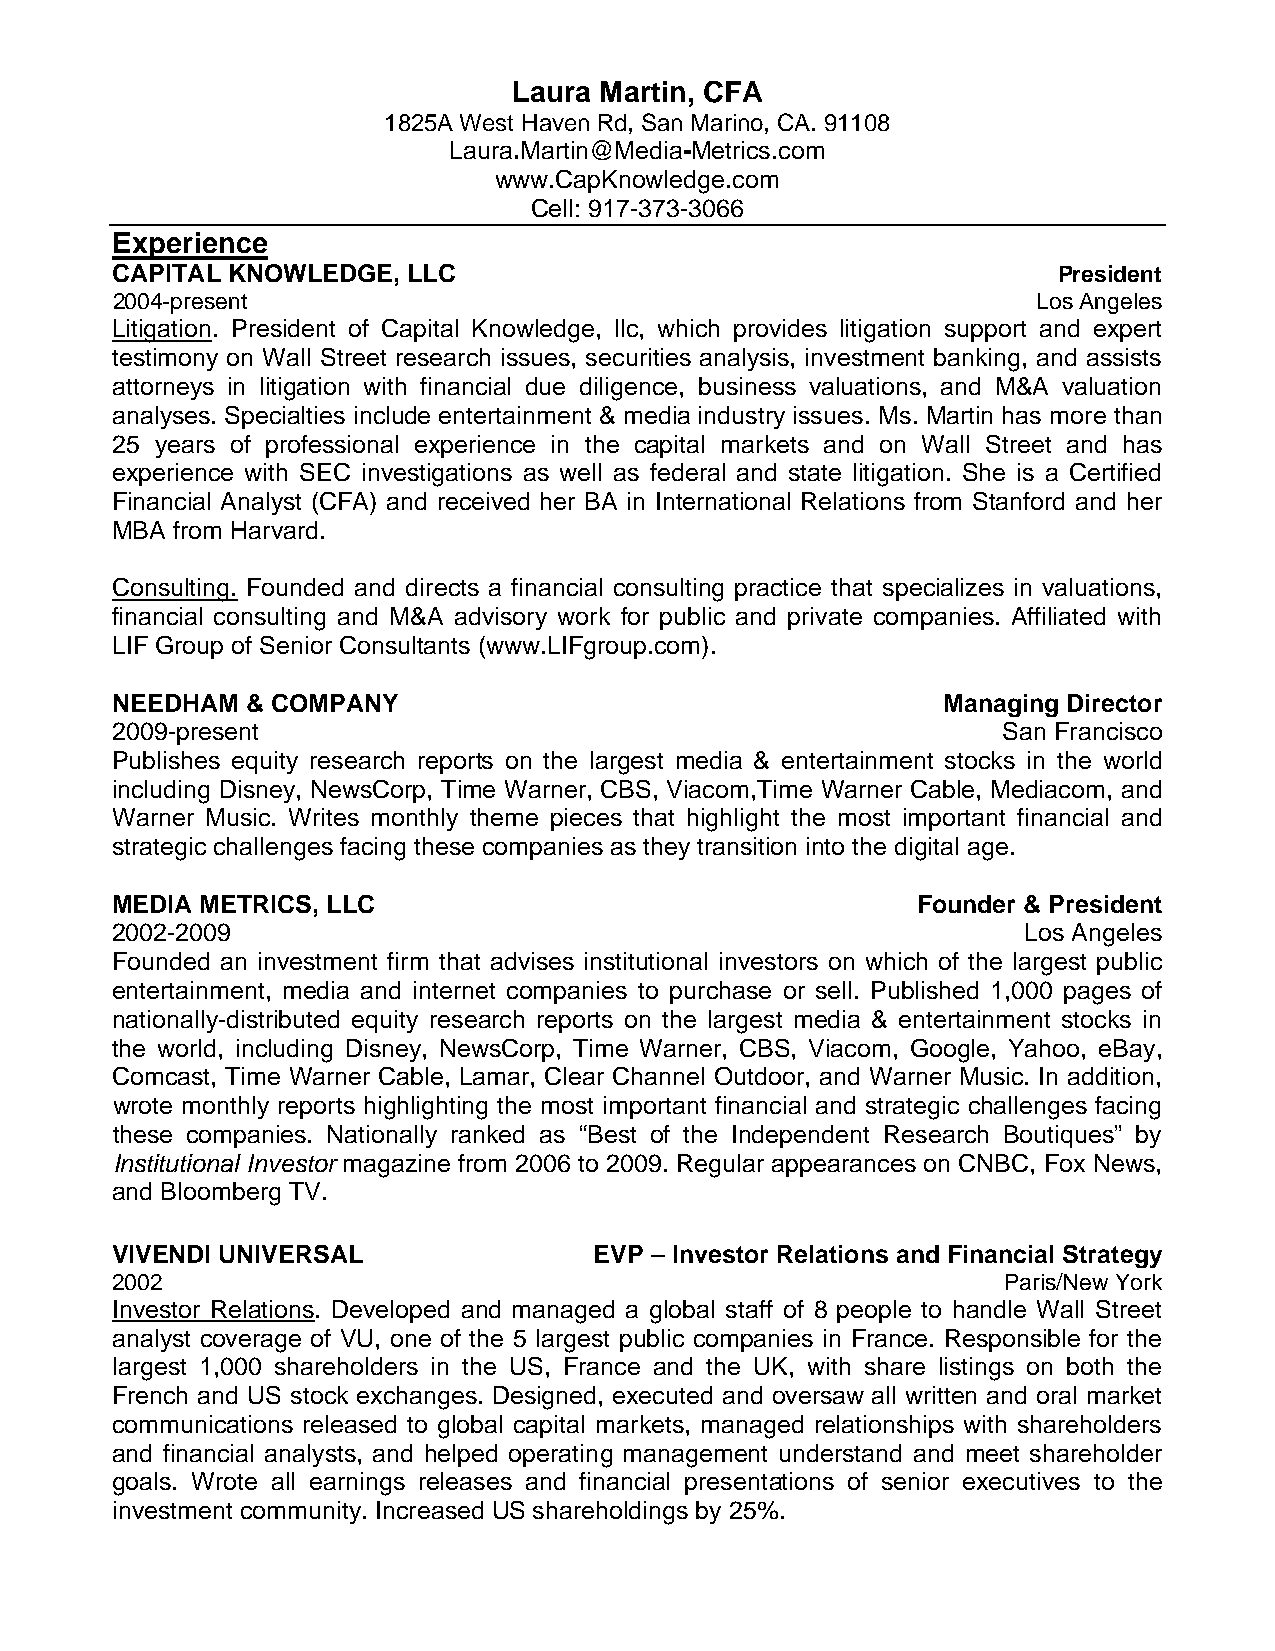
Laura Martin, CFA
 1825A West Haven Rd, San Marino, CA. 91108
 Laura.Martin@Media-Metrics.com
 www.CapKnowledge.com
 Cell: 917-373-3066
 Experience
 CAPITAL KNOWLEDGE,  LLC                                        President
 2004-present                                                  Los Angeles
 Litigation. President of Capital Knowledge, llc, which provides litigation support and expert
 testimony on Wall Street research issues, securities analysis, investment banking, and assists
 attorneys in litigation with financial due diligence, business valuations, and M&A valuation
 analyses. Specialties include entertainment & media industry issues. Ms. Martin has more than
 25 years of professional experience in the capital markets and on Wall Street and has
 experience with SEC investigations as well as federal and state litigation. She is a Certified
 Financial Analyst (CFA) and received her BA in International Relations from Stanford and her
 MBA from Harvard.
 Consulting. Founded and directs a financial consulting practice that specializes in valuations,
 financial consulting and M&A advisory work for public and private companies. Affiliated with
 LIF Group of Senior Consultants (www.LIFgroup.com).
 NEEDHAM  & COMPANY                                     Managing Director
 2009-present                                               San Francisco
 Publishes equity research reports on the largest media & entertainment stocks in the world
 including Disney, NewsCorp, Time Warner, CBS, Viacom,Time Warner Cable, Mediacom, and
 Warner Music. Writes monthly theme pieces that highlight the most important financial and
 strategic challenges facing these companies as they transition into the digital age.
 MEDIA METRICS, LLC                                    Founder & President
 2002-2009                                                    Los Angeles
 Founded an investment firm that advises institutional investors on which of the largest public
 entertainment, media and internet companies to purchase or sell. Published 1,000 pages of
 nationally-distributed equity research reports on the largest media & entertainment stocks in
 the world, including Disney, NewsCorp, Time Warner, CBS, Viacom, Google, Yahoo, eBay,
 Comcast, Time Warner Cable, Lamar, Clear Channel Outdoor, and Warner Music. In addition,
 wrote monthly reports highlighting the most important financial and strategic challenges facing
 these companies. Nationally ranked as “Best of the Independent Research Boutiques” by
 Institutional Investor magazine from 2006 to 2009. Regular appearances on CNBC, Fox News,
 and Bloomberg TV.
 VIVENDI UNIVERSAL               EVP – Investor Relations and Financial Strategy
 2002                                                        Paris/New York
 Investor Relations. Developed and managed a global staff of 8 people to handle Wall Street
 analyst coverage of VU, one of the 5 largest public companies in France. Responsible for the
 largest 1,000 shareholders in the US, France and the UK, with share listings on both the
 French and US stock exchanges. Designed, executed and oversaw all written and oral market
 communications released to global capital markets, managed relationships with shareholders
 and financial analysts, and helped operating management understand and meet shareholder
 goals. Wrote all earnings releases and financial presentations of senior executives to the
 investment community. Increased US shareholdings by 25%.